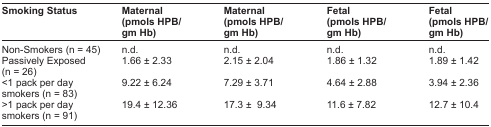
| Smoking Status | Maternal (pmols HPB/gm Hb) | Maternal (pmols HPB/gm Hb) | Fetal (pmols HPB/gm Hb) | Fetal (pmols HPB/gm Hb) |
 | --- | --- | --- | --- | --- |
 | Non-Smokers (n = 45) | n.d. | n.d. | n.d. | n.d. |
 | Passively Exposed (n = 26) | 1.66 ± 2.33 | 2.15 ± 2.04 | 1.86 ± 1.32 | 1.89 ± 1.42 |
 | <1 pack per day smokers (n = 83) | 9.22 ± 6.24 | 7.29 ± 3.71 | 4.64 ± 2.88 | 3.94 ± 2.36 |
 | >1 pack per day smokers (n = 91) | 19.4 ± 12.36 | 17.3 ± 9.34 | 11.6 ± 7.82 | 12.7 ± 10.4 |